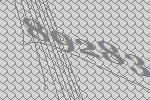
89283